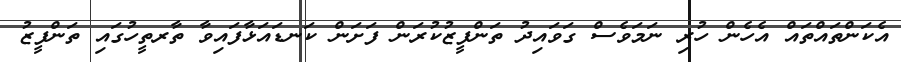
އެކަންތައްތައް އެހެން ހުރި ނަމަވެސް ގަވައިދު ތަންފީޒުކުރަން ފަށަން ކަނޑައަޅާފައިވާ ތާރތީހުގައި ތަންފީޒު